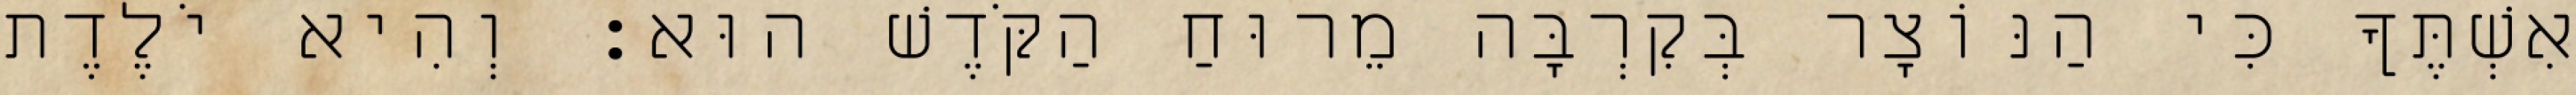
אִשְׁתֶּךָ כִּי הַנּוֹצָר בְּקִרְבָּה מֵרוּחַ הַקֹּדֶשׁ הוּא׃ וְהִיא יֹלֶדֶת